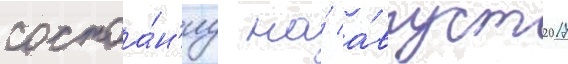
состоа́н'иу на́ а́вгуст 2017